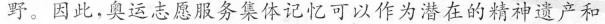
野。因此，奥运志愿服务集体记忆可以作为潜在的精神遗产和